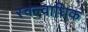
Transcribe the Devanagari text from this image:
स्वल्वाधिक